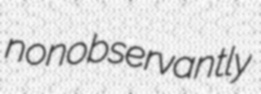
nonobservantly